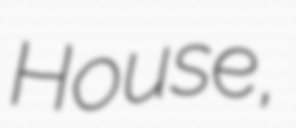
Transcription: House,